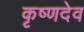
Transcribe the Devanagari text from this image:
कृष्‍णदेव